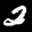
Label: 2